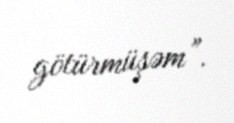
götürmüşəm”.